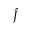
\hat { J }